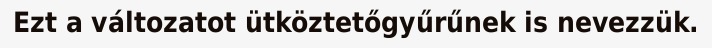
Ezt a változatot ütköztetőgyűrűnek is nevezzük.